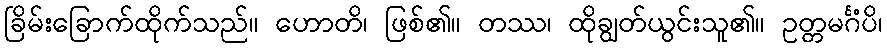
ခြိမ်းခြောက်ထိုက်သည်။ ဟောတိ၊ ဖြစ်၏။ တဿ၊ ထိုချွတ်ယွင်းသူ၏။ ဥတ္တမင်္ဂံပိ၊